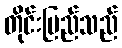
တိုင်းပြည်သည်